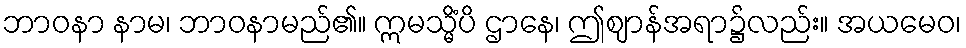
ဘာဝနာ နာမ၊ ဘာဝနာမည်၏။ ဣမသ္မိံပိ ဌာနေ၊ ဤဈာန်အရာ၌လည်း။ အယမေဝ၊